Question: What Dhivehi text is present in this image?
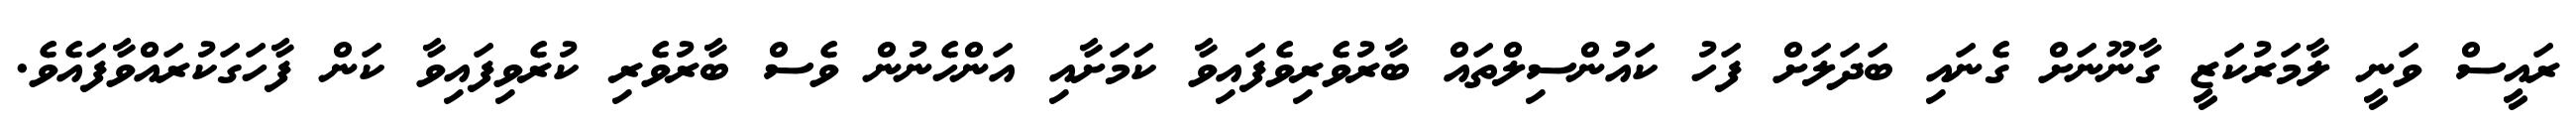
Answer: ރައީސް ވަނީ ލާމަރުކަޒީ ގާނޫނަށް ގެނައި ބަދަލަށް ފަހު ކައުންސިލްތައް ބާރުވެރިވެފައިވާ ކަމަށާއި އަންހެނުން ވެސް ބާރުވެރި ކުރެވިފައިވާ ކަން ފާހަގަކުރައްވާފައެވެ.